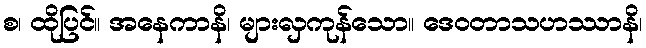
စ၊ ထိုပြင်။ အနေကာနိ၊ များလှကုန်သော။ ဒေဝတာသဟဿာနိ၊